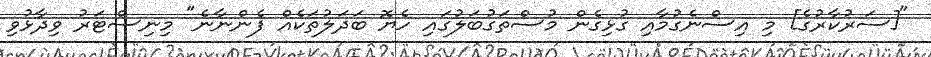
"[ސަރުކާރުގެ] މި އިސްނެގުމާއި ގުޅިގެން މުސްތަގުބަލުގައި ހެޔޮ ބަދަލުތަކެއް ފެންނާނެ" މިނިސްޓަރު ވިދާޅުވި